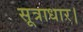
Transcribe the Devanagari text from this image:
सूत्राधार।